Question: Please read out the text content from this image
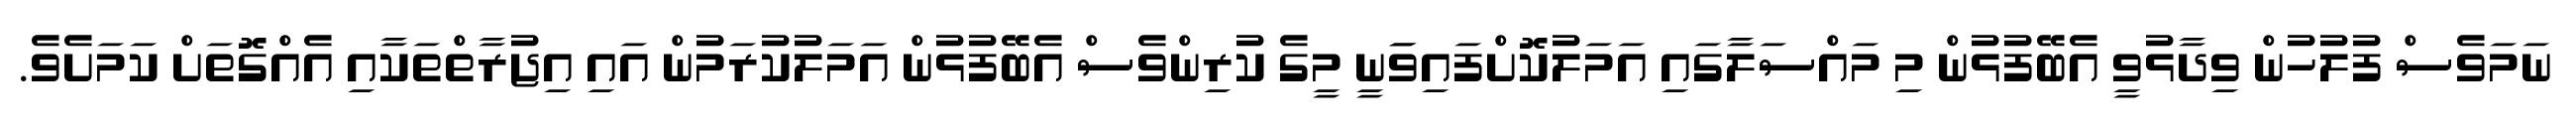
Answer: ނަމަވެސް ފުލުހުން ވިދާޅުވީ އެބޭފުޅުން މި މައްސަލާގައި އަމަލުކޮށްފައިވަަނީ މީގެ ކުރިންވެސް އެބޭފުޅުން އަމަލުކުރަމުން އައި އިޖުރާތްތަކާއި އެއްގޮތަށް ކަމަށެވެ.